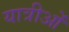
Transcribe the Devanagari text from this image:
यात्रीओं